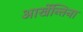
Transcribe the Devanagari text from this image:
आर्खेन्तिना